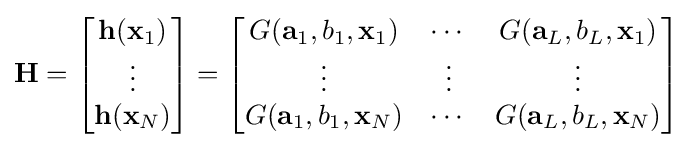
{\bf {H}}=\left[{\begin{matrix}{\bf {h}}({\bf {x}}_{1})\\\vdots \\{\bf {h}}({\bf {x}}_{N})\end{matrix}}\right]=\left[{\begin{matrix}G({\bf {a}}_{1},b_{1},{\bf {x}}_{1})&\cdots &G({\bf {a}}_{L},b_{L},{\bf {x}}_{1})\\\vdots &\vdots &\vdots \\G({\bf {a}}_{1},b_{1},{\bf {x}}_{N})&\cdots &G({\bf {a}}_{L},b_{L},{\bf {x}}_{N})\end{matrix}}\right]